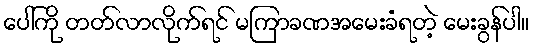
ပေါ်ကို တတ်လာလိုက်ရင် မကြာခဏအမေးခံရတဲ့ မေးခွန်ပါ။